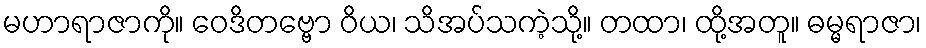
မဟာရာဇာကို။ ဝေဒိတဗ္ဗော ဝိယ၊ သိအပ်သကဲ့သို့။ တထာ၊ ထို့အတူ။ ဓမ္မရာဇာ၊